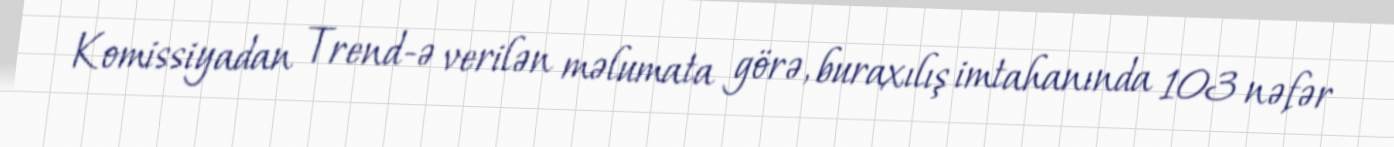
Komissiyadan Trend-ə verilən məlumata görə, buraxılış imtahanında 103 nəfər